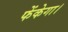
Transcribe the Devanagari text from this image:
फेंकेगा।